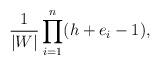
LaTeX: \begin{align*}\frac{1}{|W|} \prod_{i=1}^n(h + e_i - 1), \end{align*}